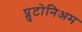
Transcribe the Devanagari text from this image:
प्लुटोनिअम